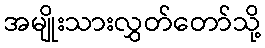
အမျိုးသားလွှတ်တော်သို့